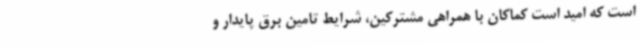
است که امید است کماکان با همراهی مشترکین، شرایط تامین برق پایدار و